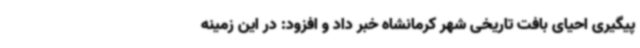
پیگیری احیای بافت تاریخی شهر کرمانشاه خبر داد و افزود: در این زمینه